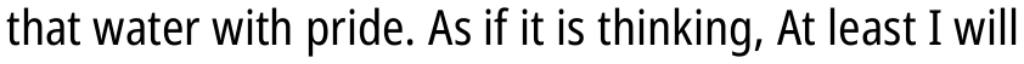
that water with pride. As if it is thinking, At least I will